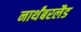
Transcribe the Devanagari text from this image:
नार्थंबरलैड